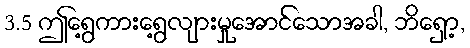
3.5 ဤရွေ့ကားရွေ့လျားမှုအောင်သောအခါ, ဘိရှော့,